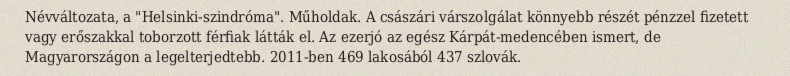
Névváltozata, a "Helsinki-szindróma". Műholdak. A császári várszolgálat könnyebb részét pénzzel fizetett vagy erőszakkal toborzott férfiak látták el. Az ezerjó az egész Kárpát-medencében ismert, de Magyarországon a legelterjedtebb. 2011-ben 469 lakosából 437 szlovák.